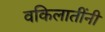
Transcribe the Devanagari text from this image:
वकिलातींनी